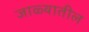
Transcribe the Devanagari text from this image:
जाळ्यातील